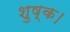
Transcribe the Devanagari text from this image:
शुष्क।